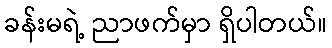
ခန်းမရဲ့ ညာဖက်မှာ ရှိပါတယ်။